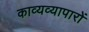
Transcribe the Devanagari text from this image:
काव्यव्यापारों